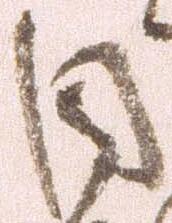
目